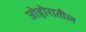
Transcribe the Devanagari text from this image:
जोहोरातील